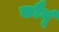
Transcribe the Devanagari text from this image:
कौनूं